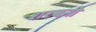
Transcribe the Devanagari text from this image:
शरबनी